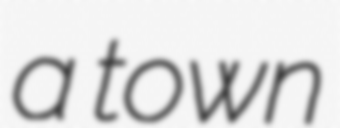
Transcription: a town